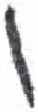
אות: ו